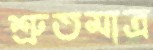
শ্রুতমাত্র